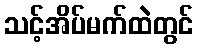
သင့်အိပ်မက်ထဲတွင်